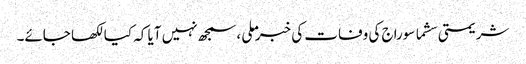
شریمتی سشما سوراج کی وفات کی خبر ملی ،سمجھ نہیں آیا کہ کیا لکھا جائے۔